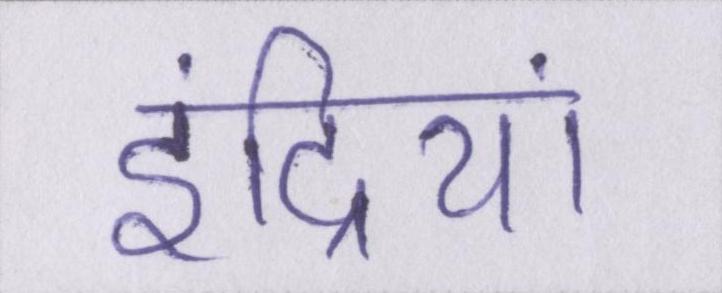
इंद्रियां